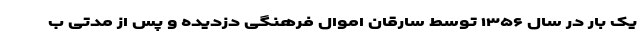
یک بار در سال ۱۳۵۶ توسط سارقان اموال فرهنگی دزدیده و پس از مدتی ب